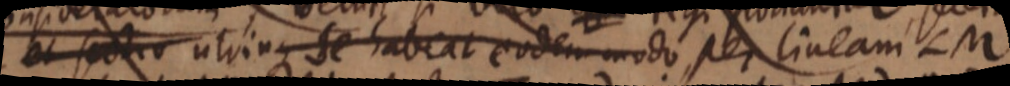
et sectio utrinque se habeat eodem modo per lineam LM